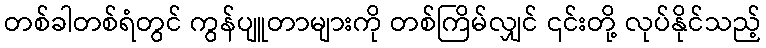
တစ်ခါတစ်ရံတွင် ကွန်ပျူတာများကို တစ်ကြိမ်လျှင် ၎င်းတို့ လုပ်နိုင်သည့်